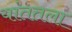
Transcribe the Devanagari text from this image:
यांततला